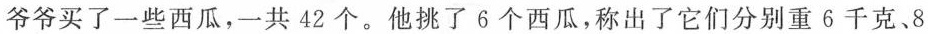
爷爷买了一些西瓜，一共42个。他挑了6个西瓜，称出了它们分别重6千克、8